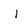
Character: I